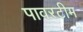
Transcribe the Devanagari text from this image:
पावरटीम